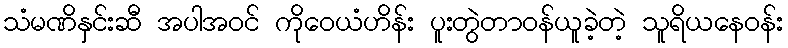
သံမဏိနှင်းဆီ အပါအဝင် ကိုဝေယံဟိန်း ပူးတွဲတာဝန်ယူခဲ့တဲ့ သူရိယနေဝန်း